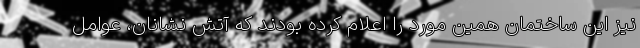
نیز این ساختمان همین مورد را اعلام کرده بودند که آتش نشانان، عوامل